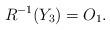
LaTeX: \begin{align*}R^{-1}(Y_3)=O_1.\end{align*}